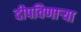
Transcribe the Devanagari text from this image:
दीपविणार्‍या